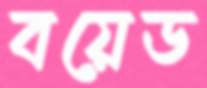
বয়েড